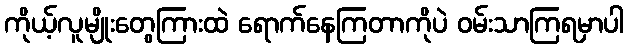
ကိုယ့်လူမျိုးတွေကြားထဲ ရောက်နေကြတာကိုပဲ ဝမ်းသာကြရမှာပါ